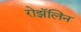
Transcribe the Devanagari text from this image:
रोझॅलिन